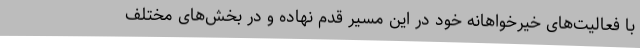
با فعالیت‌های خیرخواهانه خود در این مسیر قدم نهاده و در بخش‌های مختلف